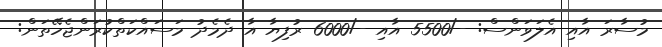
މުސާރަ އާއި އެލަވަންސް: -/5500 އާއި -/6000 ރުފިޔާ އާ ދެމެދު މަސައްކަތްކުރަންޖެހޭތަން: